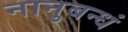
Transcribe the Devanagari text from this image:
नानुबन्धं